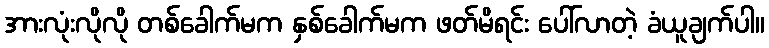
အားလုံးလိုလို တစ်ခေါက်မက နှစ်ခေါက်မက ဖတ်မိရင်း ပေါ်လာတဲ့ ခံယူချက်ပါ။